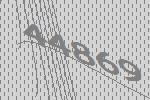
44869